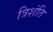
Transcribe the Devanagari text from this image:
त्रिशंति